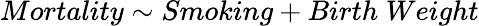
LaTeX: Mortality\sim Smoking+Birth\; Weight